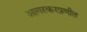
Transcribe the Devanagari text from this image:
आगरकरप्रणीत